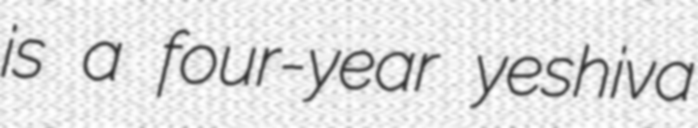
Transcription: is a four-year yeshiva